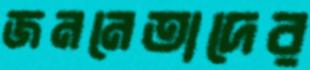
জননেতাদের